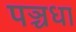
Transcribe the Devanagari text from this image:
पञ्चधा